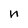
Character: n